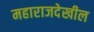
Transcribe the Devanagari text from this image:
महाराजदेखील